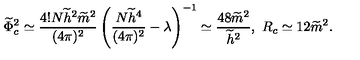
\widetilde { \Phi } _ { c } ^ { 2 } \simeq \frac { 4 ! N \widetilde { h } ^ { 2 } \widetilde { m } ^ { 2 } } { ( 4 \pi ) ^ { 2 } } \left( \frac { N \widetilde { h } ^ { 4 } } { ( 4 \pi ) ^ { 2 } } - \lambda \right) ^ { - 1 } \simeq \frac { 4 8 \widetilde { m } ^ { 2 } } { \widetilde { h } ^ { 2 } } , \ R _ { c } \simeq 1 2 \widetilde { m } ^ { 2 } .